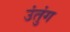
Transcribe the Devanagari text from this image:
उंतुंग